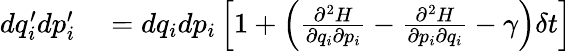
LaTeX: \begin{array}{rl}{dq_{i}^{\prime}dp_{i}^{\prime}}&{{}=dq_{i}dp_{i}\left[1+\left({\frac{\partial^{2}H}{\partial q_{i}\partial p_{i}}}-{\frac{\partial^{2}H}{\partial p_{i}\partial q_{i}}}-\gamma\right)\delta t\right]}\end{array}